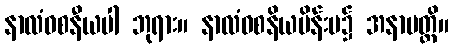
နာလံဝစနီယပါ ဘုရား။ နာလံဝစနိယမိန်းမ၌ အနာပတ္တိ။